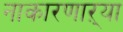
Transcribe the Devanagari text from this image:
नाकारणाऱ्या